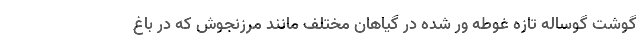
گوشت گوساله تازه غوطه ور شده در گیاهان مختلف مانند مرزنجوش که در باغ